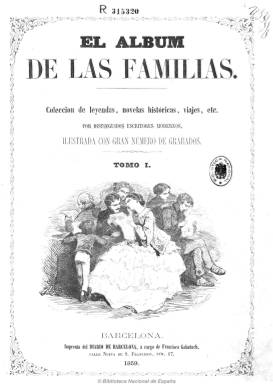
Título: El Álbum de las familias (Barcelona)
Colección: Semanarios de amenidades || Cultura
Ámbito geográfico: Barcelona
Lugar de publicación: Barcelona
Fechas: 30/10/1858-29/09/1861

Periódico semanal con el subtítulo de “colección de leyendas, novelas históricas, viajes, etc.” escritas por “distinguidos escritores modernos” e “ilustrada con gran número de grabados”. También incluye una sección de variedades, con biografías, otra de fórmulas sanitarias, recetas de cocina y otras notas de economía domestica, y la de “ciencia para todos”, que son breves textos de divulgación, así como otra sección con el título de “episodios de la guerra de Italia”. Muchos de sus contenidos literarios son traducciones de autores extranjeros y resultan interesantes los grabados de asuntos locales. Además de su venta, se repartía gratis para los suscriptores del  Diario de Barcelona, en cuya imprenta se estampaba, por lo que se puede considerar como una revista familiar editada por el diario decano de la prensa barcelonesa. De ocho páginas, cada tomo incluye un índice de materias.